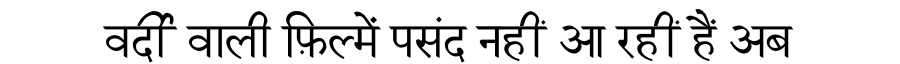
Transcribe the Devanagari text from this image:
वर्दी वाली फ़िल्में पसंद नहीं आ रहीं हैं अब